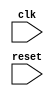
module APB_bus_controller(
    input wire clk,
    input wire reset,
    // other input and output ports
);

// Define modules and signals for timing control and synchronization

endmodule